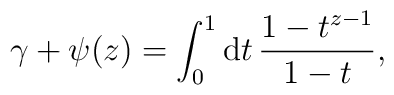
\gamma+\psi(z)=\int_0^1{\rm d}t\, \frac{1-t^{z-1}}{1-t},